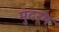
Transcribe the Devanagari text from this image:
मुंदरम